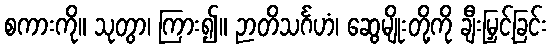
စကားကို။ သုတွာ၊ ကြား၍။ ဉာတိသင်္ဂဟံ၊ ဆွေမျိုးတို့ကို ချီးမြှင့်ခြင်း